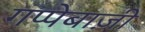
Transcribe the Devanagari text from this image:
गप्पेबाज़ी